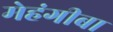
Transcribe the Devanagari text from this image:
मेहंगीबा